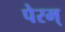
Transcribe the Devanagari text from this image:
पेरम्